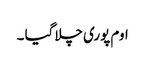
اوم پوری چلا گیا ۔